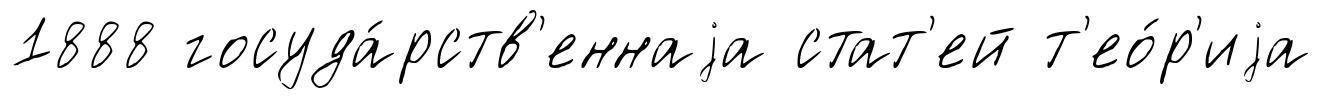
1888 госуда́рств'еннаjа стат'ей т'ео́р'иjа